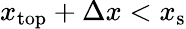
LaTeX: x_{\mathrm{{top}}}+\Delta x<x_{\mathrm{{s}}}